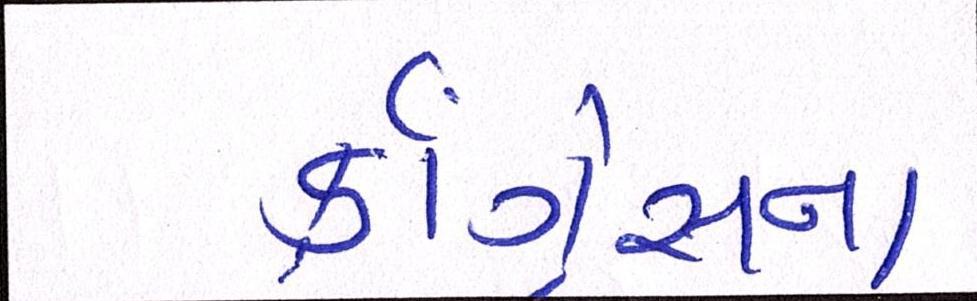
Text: કૉંગ્રેસના